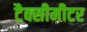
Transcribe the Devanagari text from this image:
टैक्सीमीटर